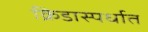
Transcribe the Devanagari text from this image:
क्रिडास्पर्धात